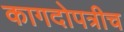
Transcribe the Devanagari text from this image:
कागदोपत्रीच